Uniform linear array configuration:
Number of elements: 4
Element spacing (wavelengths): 1
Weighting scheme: cosine
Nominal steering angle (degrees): -30
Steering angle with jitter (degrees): -31.588
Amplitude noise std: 0.05
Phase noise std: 0.05

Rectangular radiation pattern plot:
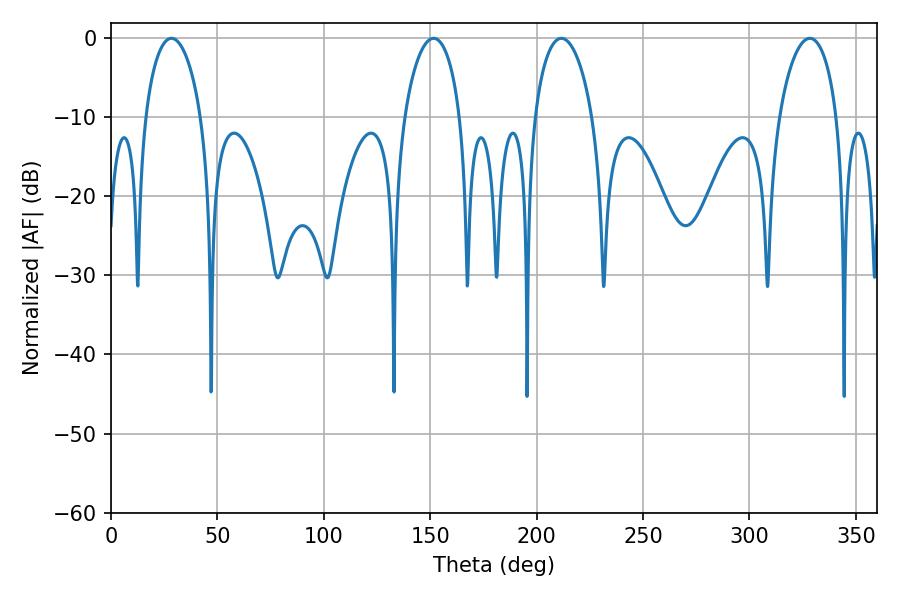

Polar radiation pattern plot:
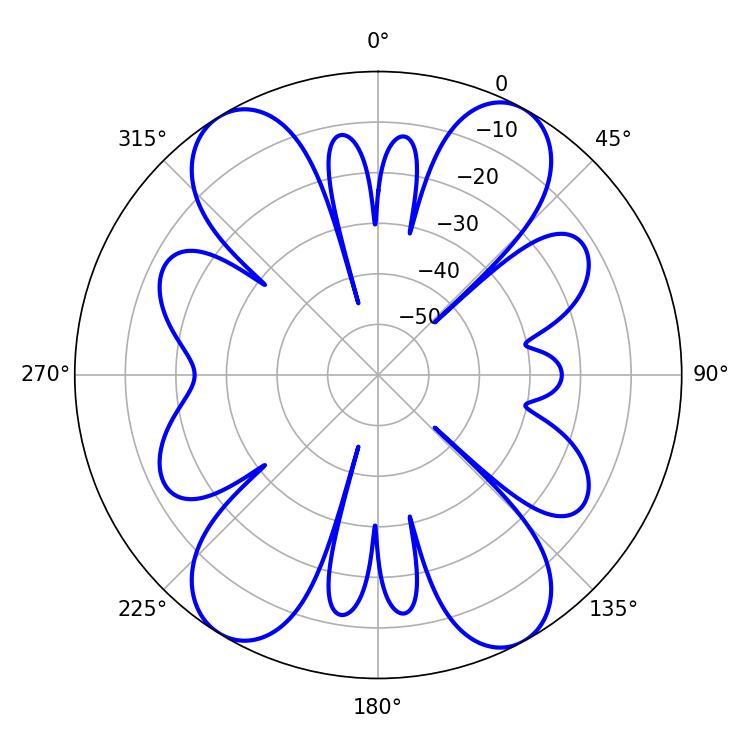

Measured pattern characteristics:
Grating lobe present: TRUE
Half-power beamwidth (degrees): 14.94
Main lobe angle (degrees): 28.44